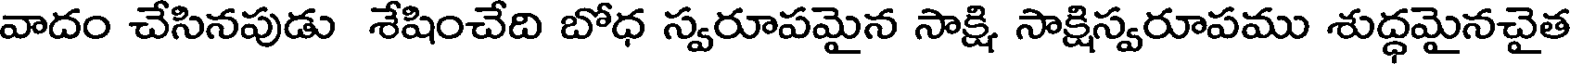
వాదం చేసినపుడు శేషించేది బోధ స్వరూపమైన సాక్షి సాక్షిస్వరూపము శుద్ధమైనచైత